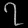
Digit: ၇